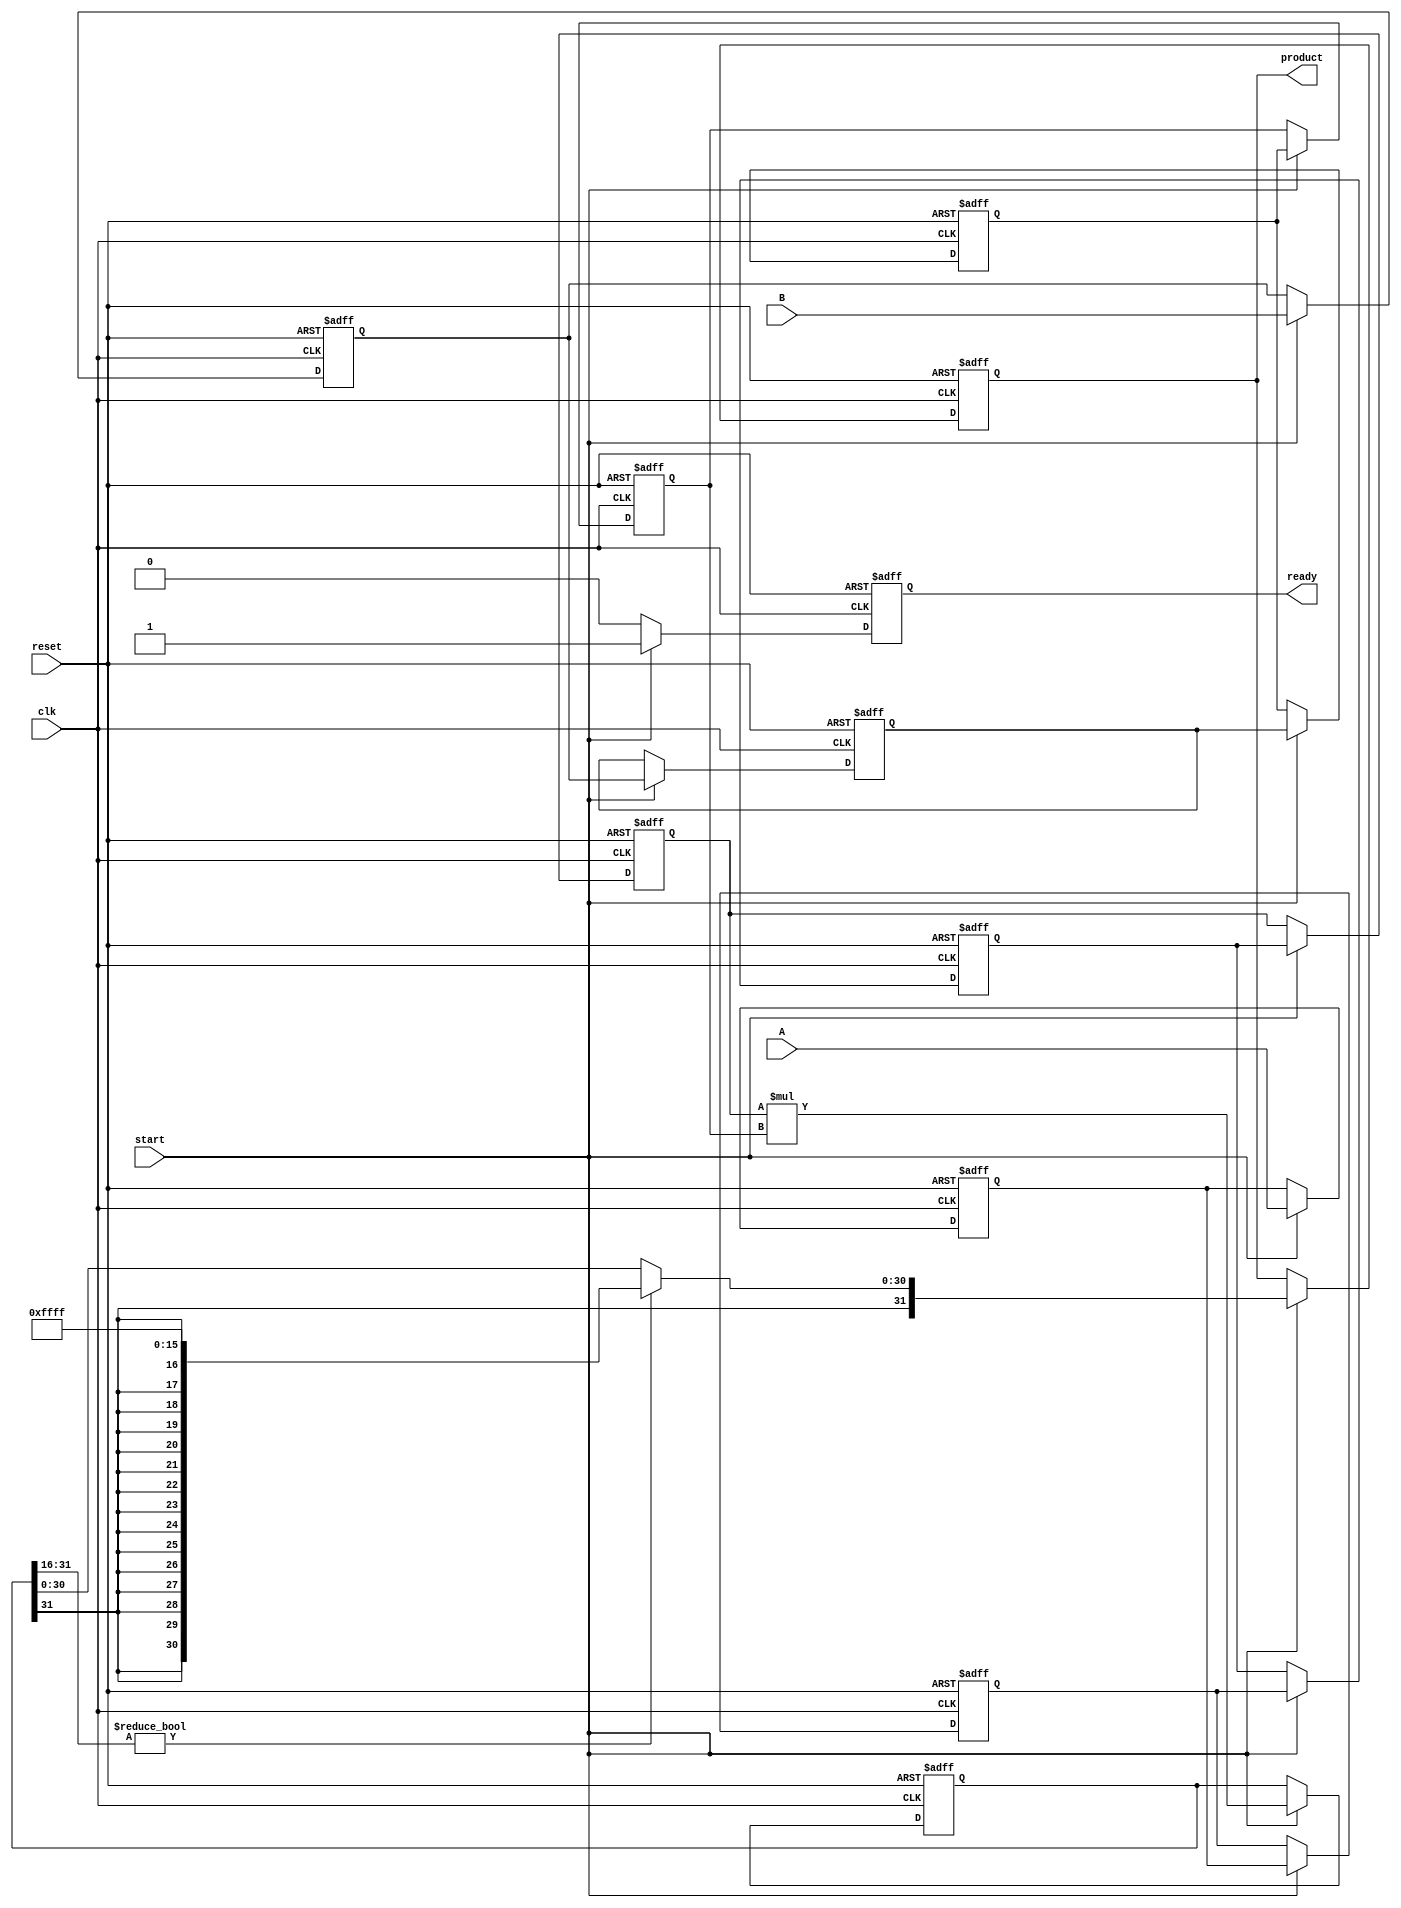
module streaming_multiplier #(
    parameter DATA_WIDTH = 16,  // Width of input and output data
    parameter PIPELINE_STAGES = 4 // Number of pipeline stages
)(
    input wire clk,
    input wire reset,
    input wire start,
    input wire [DATA_WIDTH-1:0] A, // Input stream A
    input wire [DATA_WIDTH-1:0] B, // Input stream B
    output reg [2*DATA_WIDTH-1:0] product, // Output product
    output reg ready // Ready signal
);

    // Internal signals for pipelining
    reg [DATA_WIDTH-1:0] A_pipeline [0:PIPELINE_STAGES-1];
    reg [DATA_WIDTH-1:0] B_pipeline [0:PIPELINE_STAGES-1];
    reg [2*DATA_WIDTH-1:0] product_pipeline [0:PIPELINE_STAGES-1];

    integer i;

    // Reset and initialization
    always @(posedge clk or posedge reset) begin
        if (reset) begin
            ready <= 0;
            product <= 0;
            for (i = 0; i < PIPELINE_STAGES; i = i + 1) begin
                A_pipeline[i] <= 0;
                B_pipeline[i] <= 0;
                product_pipeline[i] <= 0;
            end
        end else if (start) begin
            // Shift the pipeline registers
            A_pipeline[0] <= A;
            B_pipeline[0] <= B;

            for (i = 1; i < PIPELINE_STAGES; i = i + 1) begin
                A_pipeline[i] <= A_pipeline[i-1];
                B_pipeline[i] <= B_pipeline[i-1];
            end

            // Perform multiplication at the last stage
            product_pipeline[PIPELINE_STAGES-1] <= A_pipeline[PIPELINE_STAGES-1] * B_pipeline[PIPELINE_STAGES-1];

            // Check for overflow (simple check for fixed-point multiplication)
            if (product_pipeline[PIPELINE_STAGES-1][2*DATA_WIDTH-1:DATA_WIDTH] != 0) begin
                // Handle overflow (e.g., saturate to max value)
                product <= { {DATA_WIDTH{product_pipeline[PIPELINE_STAGES-1][2*DATA_WIDTH-1]}}, {DATA_WIDTH{1'b1}} }; // Saturation
            end else begin
                product <= product_pipeline[PIPELINE_STAGES-1];
            end

            // Set ready signal
            ready <= 1;
        end else begin
            ready <= 0; // Not ready if not starting
        end
    end
endmodule